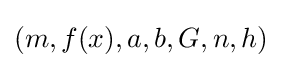
(m,f(x),a,b,G,n,h)